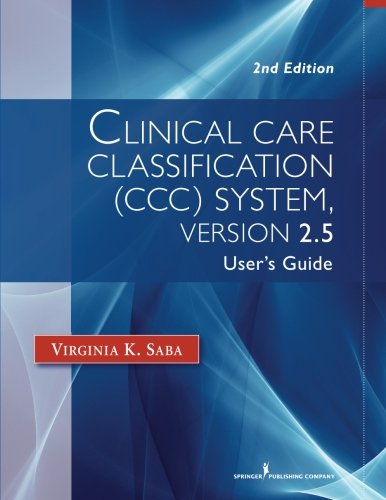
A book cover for Clinical Care Classification (CCC) System Version 2.5, 2nd Edition: User's Guide (Saba, Clinical Care Classification); Virginia Saba EdD  DSN  DScN  RN  FAAN  FACMI  LL; Medical Books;